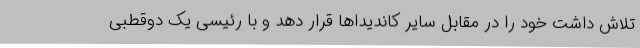
تلاش داشت خود را در مقابل سایر کاندیداها قرار دهد و با رئیسی یک دوقطبی